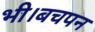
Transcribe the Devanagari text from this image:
भी।बचपन